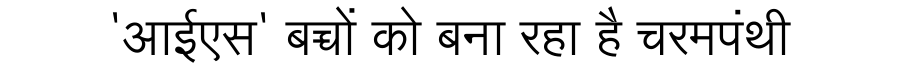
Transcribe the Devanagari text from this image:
'आईएस' बच्चों को बना रहा है चरमपंथी